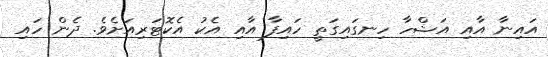
އައިނާ އާއި އަޝްހާ ހިނގައިގަތީ ހައިފާ އާއި އެކު އެކޮޓަރިއަށެވެ. ދެން ހައި